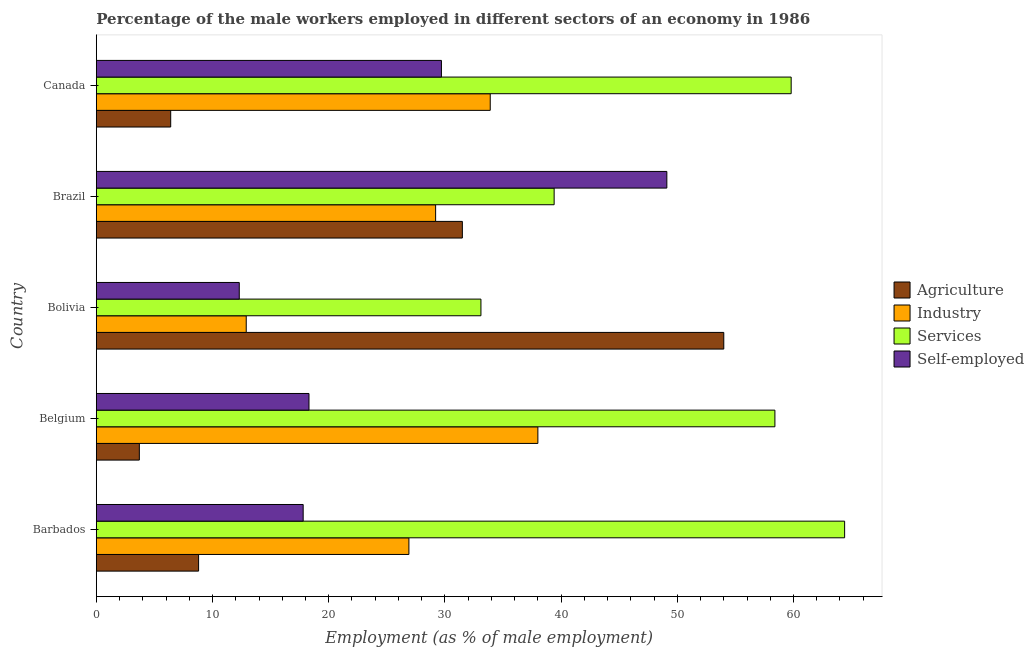
| Country | Agriculture | Industry | Services | Self-employed |
 | --- | --- | --- | --- | --- |
 | Barbados | 8.8 | 26.9 | 64.4 | 17.8 |
 | Belgium | 3.7 | 38 | 58.4 | 18.3 |
 | Bolivia | 54 | 12.9 | 33.1 | 12.3 |
 | Brazil | 31.5 | 29.2 | 39.4 | 49.1 |
 | Canada | 6.4 | 33.9 | 59.8 | 29.7 |